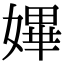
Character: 𡠚